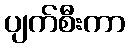
ပျက်စီးကာ